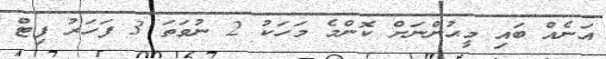
އަނެއް ބައި މީޙުންނަށް ކޮންމެ މަހަކު 2 ނުވަތަ 3 ފަހަރު ފިޓް